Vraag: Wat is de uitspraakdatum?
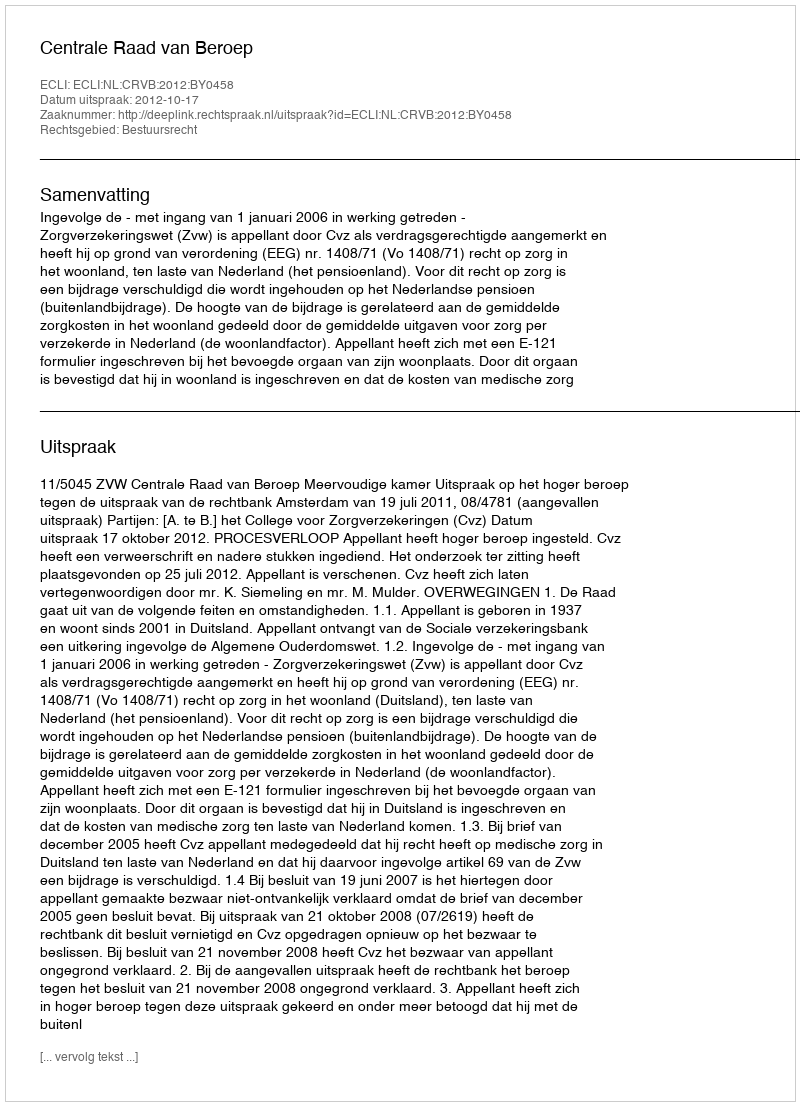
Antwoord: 2012-10-17